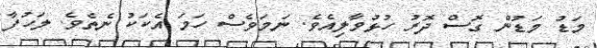
މަޑު މަޑުން ގޮސް ދޮރު ހުޅުވާލިއެވެ. ނަމަވެސް ހަމަ އެކަކު ނެތެވެ. ލަހުފާ